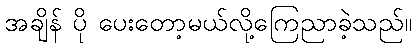
အချိန် ပို ပေးတော့မယ်လို့ကြေညာခဲ့သည်။